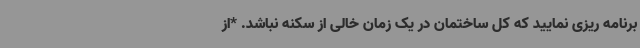
برنامه ریزی نمایید که کل ساختمان در یک زمان خالی از سکنه نباشد. *از